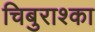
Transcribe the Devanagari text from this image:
चिबुराश्का